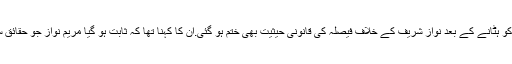
ن لیگ نے کہا تھا کہ جج کو ہٹانے کے بعد نواز شریف کے خلاف فیصلہ کی قانونی حیثیت بھی ختم ہو گئی.ان کا کہنا تھا کہ ثابت ہو گیا مریم نواز جو حقائق سامنے لائیں وہ درست ہیں۔